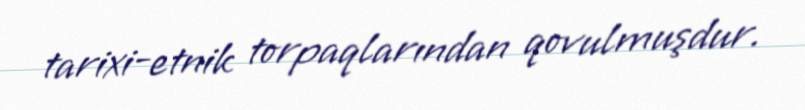
tarixi-etnik torpaqlarından qovulmuşdur.